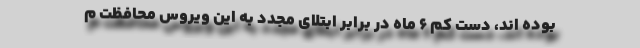
بوده اند، دست کم ۶ ماه در برابر ابتلای مجدد به این ویروس محافظت م